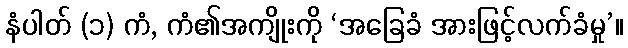
နံပါတ် (၁) ကံ, ကံ၏အကျိုးကို ‘အခြေခံ အားဖြင့်လက်ခံမှု’။